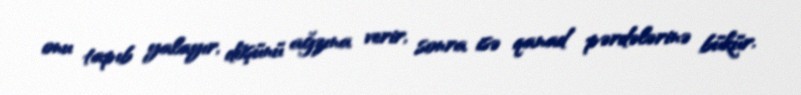
onu tapıb yalayır, döşünü ağzına verir, sonra isə qanad pərdələrinə bükür.